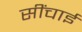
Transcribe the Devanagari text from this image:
सींचाई